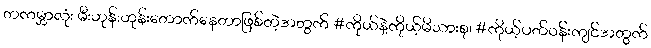
တကမ္ဘာလုံး မီးဟုန်းဟုန်းတောက်နေတာဖြစ်တဲ့အတွက် #ကိုယ်နဲ့ကိုယ့်မိသားစု၊ #ကိုယ့်ပတ်ဝန်းကျင်အတွက်